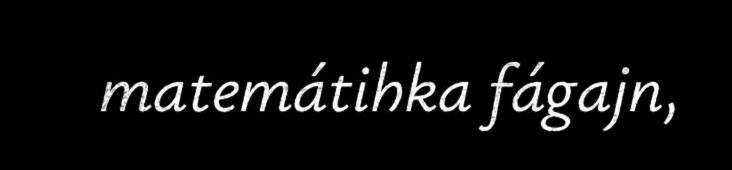
matemátihka fágajn,